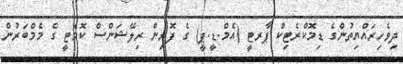
ދިވެހިރައްޔިތުންގެ ޑިމޮކްރެޓިކް ޕާރޓީ (އެމް.ޑީ.ޕީ) ގެ ފޮރިން ރިލޭޝަންސް ކޮމެޓީ ގެ މެމްބަރުން